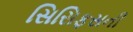
સિસિફસની